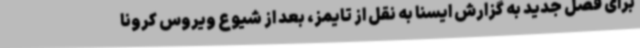
برای فصل جدید به گزارش ایسنا به نقل از تایمز، بعد از شیوع ویروس کرونا